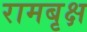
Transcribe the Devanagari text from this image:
रामबृक्ष